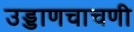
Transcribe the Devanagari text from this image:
उड्डाणचाचणी